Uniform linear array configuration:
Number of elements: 24
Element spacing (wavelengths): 0.25
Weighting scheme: binomial
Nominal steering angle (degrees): -30
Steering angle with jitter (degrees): -30.631
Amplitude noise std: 0.05
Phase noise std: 0.05

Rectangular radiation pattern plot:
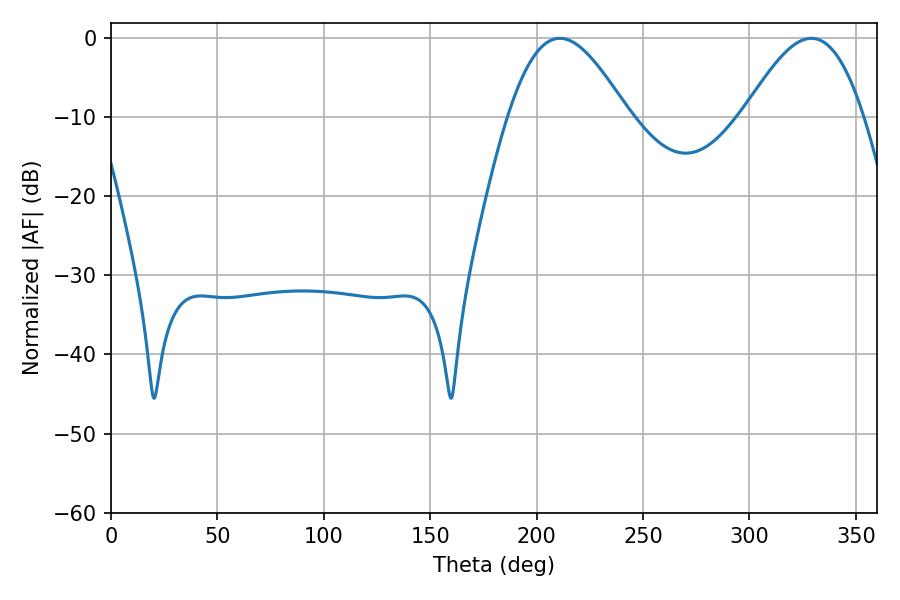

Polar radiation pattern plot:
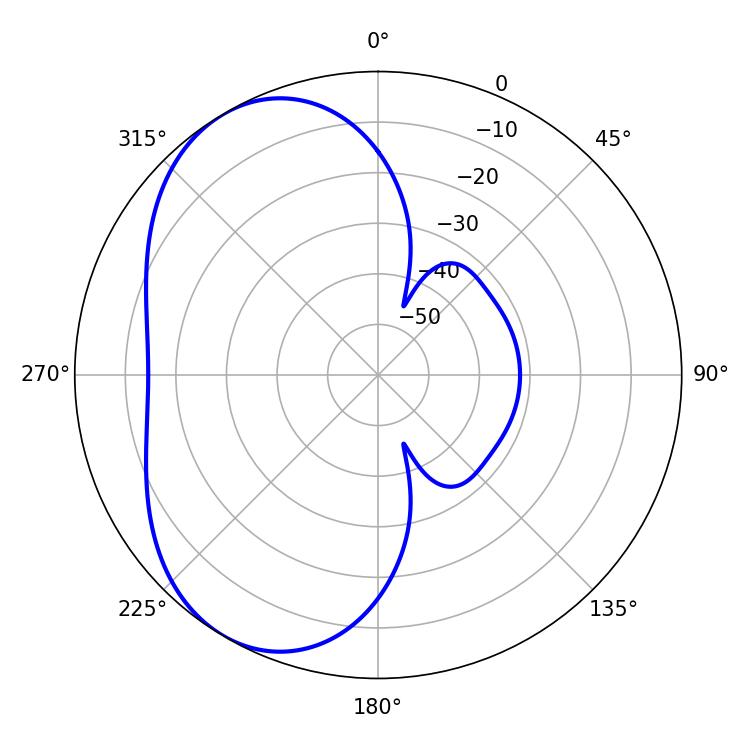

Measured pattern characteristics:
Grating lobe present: FALSE
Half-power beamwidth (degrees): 30.24
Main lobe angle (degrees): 210.96